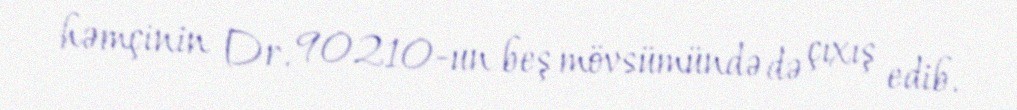
həmçinin Dr. 90210-un beş mövsümündə də çıxış edib.